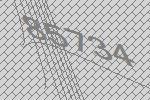
85734